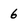
Character: 6